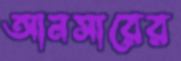
আনসারের